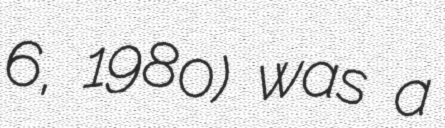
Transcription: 6, 1980) was a